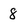
Character: 8